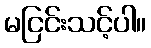
မငြင်းသင့်ပါ။